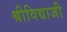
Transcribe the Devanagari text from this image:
श्रीविद्याजी